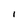
Character: i